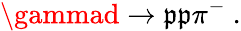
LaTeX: \gammad\rightarrow\mathfrak{p}\mathfrak{p}\pi^{-}\ .